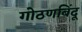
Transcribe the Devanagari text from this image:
गोठणबिंदू